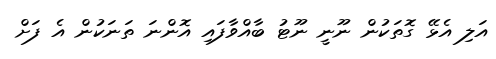
އަލި އެޅޭ ގޮތަކުން ނޫނީ ނޫޓު ބާއްވާފައި އޮންނަ ތަނަކުން އެ ފަށް